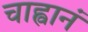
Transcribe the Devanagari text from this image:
चाह्वानं